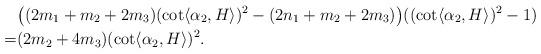
LaTeX: \begin{align*} &\big( (2m_{1}+m_{2}+2m_{3}) (\cot \langle \alpha_{2} , H\rangle )^{2}-(2n_{1}+m_{2}+2m_{3})\big) ((\cot \langle \alpha_{2} , H\rangle )^{2}-1)\\=& (2m_{2}+4m_{3})(\cot \langle \alpha_{2} , H\rangle )^{2}.\end{align*}